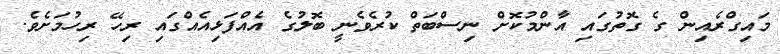
މައިގްރެއިން ގެ ގޮތުގައި އާންމުކޮށް ނިސްބަތް ކުރެވެނީ ބޮލުގެ އެއްފަޅިއެއްގައި ރިހޭ ރިހުމަށެވެ.